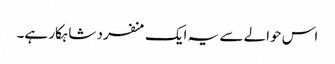
اس حوالے سے یہ ایک منفرد شاہکار ہے۔